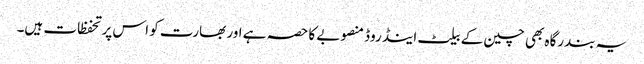
یہ بندرگاہ بھی چین کے بیلٹ اینڈ روڈ منصوبے کا حصہ ہے اور بھارت کو اس پر تحفظات ہیں۔